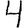
Digit: 4